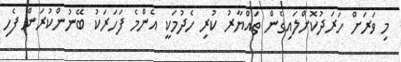
މި ވަރަށް ހަރަދުކޮށްލައިގެން ތައްޔާރު ކުރި ހެދުމަކީ އެންމެ ފަހަރަކު ބޭނުންކުރަން ފެހި